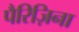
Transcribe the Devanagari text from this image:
पैरिज़िना